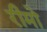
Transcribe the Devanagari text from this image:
रीमो